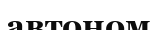
автоном